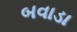
બવાડા